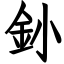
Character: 釥